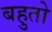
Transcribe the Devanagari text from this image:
बहुतो